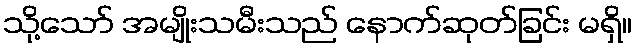
သို့သော် အမျိုးသမီးသည် နောက်ဆုတ်ခြင်း မရှိ။